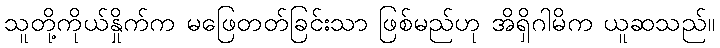
သူတို့ကိုယ်နှိုက်က မဖြေတတ်ခြင်းသာ ဖြစ်မည်ဟု အိရှိဂါမိက ယူဆသည်။